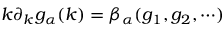
k \partial _ { k } g _ { \alpha } ( k ) = \beta _ { \alpha } ( g _ { 1 } , g _ { 2 } , \cdots )